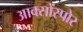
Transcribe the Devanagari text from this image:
आक्सोंस्पोर